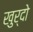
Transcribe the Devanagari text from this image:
खुर्दो